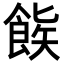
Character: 𬲒